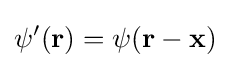
\psi '(\mathbf {r} )=\psi (\mathbf {r} -\mathbf {x} )